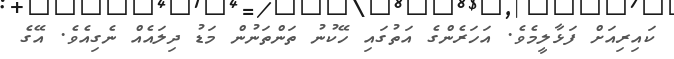
ކައިރިއަށް ފަޅާލީމެވެ. އަހަރެންގެ އަތުގައި ހޭކުނު ތަންތަނުން މަޑު ދިލައެއް ނެގިއެވެ. އޭގެ